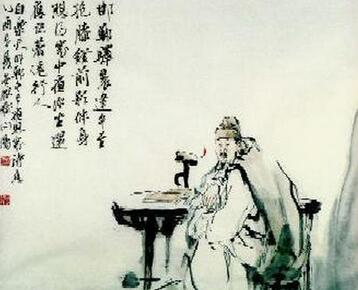
君子少思长，则学老思死，则教有思穷，则施也。